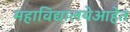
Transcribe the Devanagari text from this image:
महाविद्यालयेआहेत